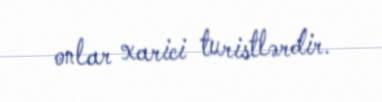
onlar xarici turistlərdir.